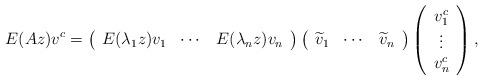
LaTeX: \begin{align*}E(Az)v^c=\left(\begin{array}{ccc}E(\lambda_{1}z)v_{1}&\cdots&E(\lambda_{n}z)v_n\end{array}\right)\left(\begin{array}{ccc}\widetilde{v}_{1}&\cdots&\widetilde{v}_n\end{array}\right)\left(\begin{array}{c}v_{1}^c\\\vdots\\v_n^c\end{array}\right),\end{align*}